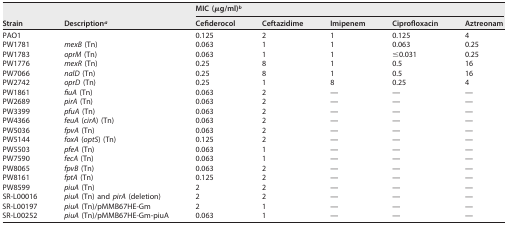
<table><thead><tr><td rowspan="2"><b>Strain</b></td><td rowspan="2"><b>Description<sup><i>a</i></sup></b></td><td colspan="5"><b>MIC (μg/ml)<sup><i>b</i></sup></b></td></tr><tr><td><b>Cefiderocol</b></td><td><b>Ceftazidime</b></td><td><b>Imipenem</b></td><td><b>Ciprofloxacin</b></td><td><b>Aztreonam</b></td></tr></thead><tbody><tr><td>PAO1</td><td></td><td>0.125</td><td>2</td><td>1</td><td>0.125</td><td>4</td></tr><tr><td>PW1781</td><td><i>mexB</i> (Tn)</td><td>0.063</td><td>1</td><td>1</td><td>0.063</td><td>0.25</td></tr><tr><td>PW1783</td><td><i>oprM</i> (Tn)</td><td>0.063</td><td>1</td><td>1</td><td>≤0.031</td><td>0.25</td></tr><tr><td>PW1776</td><td><i>mexR</i> (Tn)</td><td>0.25</td><td>8</td><td>1</td><td>0.5</td><td>16</td></tr><tr><td>PW7066</td><td><i>nalD</i> (Tn)</td><td>0.25</td><td>8</td><td>1</td><td>0.5</td><td>16</td></tr><tr><td>PW2742</td><td><i>oprD</i> (Tn)</td><td>0.25</td><td>1</td><td>8</td><td>0.25</td><td>4</td></tr><tr><td>PW1861</td><td><i>fiuA</i> (Tn)</td><td>0.063</td><td>2</td><td>—</td><td>—</td><td>—</td></tr><tr><td>PW2689</td><td><i>pirA</i> (Tn)</td><td>0.063</td><td>2</td><td>—</td><td>—</td><td>—</td></tr><tr><td>PW3399</td><td><i>pfuA</i> (Tn)</td><td>0.063</td><td>2</td><td>—</td><td>—</td><td>—</td></tr><tr><td>PW4366</td><td><i>feuA</i> (<i>cirA</i>) (Tn)</td><td>0.063</td><td>2</td><td>—</td><td>—</td><td>—</td></tr><tr><td>PW5036</td><td><i>fpvA</i> (Tn)</td><td>0.063</td><td>2</td><td>—</td><td>—</td><td>—</td></tr><tr><td>PW5144</td><td><i>foxA</i> (<i>optS</i>) (Tn)</td><td>0.125</td><td>2</td><td>—</td><td>—</td><td>—</td></tr><tr><td>PW5503</td><td><i>pfeA</i> (Tn)</td><td>0.063</td><td>1</td><td>—</td><td>—</td><td>—</td></tr><tr><td>PW7590</td><td><i>fecA</i> (Tn)</td><td>0.063</td><td>1</td><td>—</td><td>—</td><td>—</td></tr><tr><td>PW8065</td><td><i>fpvB</i> (Tn)</td><td>0.063</td><td>2</td><td>—</td><td>—</td><td>—</td></tr><tr><td>PW8161</td><td><i>fptA</i> (Tn)</td><td>0.125</td><td>2</td><td>—</td><td>—</td><td>—</td></tr><tr><td>PW8599</td><td><i>piuA</i> (Tn)</td><td>2</td><td>2</td><td>—</td><td>—</td><td>—</td></tr><tr><td>SR-L00016</td><td><i>piuA</i> (Tn) and <i>pirA</i> (deletion)</td><td>2</td><td>2</td><td>—</td><td>—</td><td>—</td></tr><tr><td>SR-L00197</td><td><i>piuA</i> (Tn)/pMMB67HE-Gm</td><td>2</td><td>1</td><td>—</td><td>—</td><td>—</td></tr><tr><td>SR-L00252</td><td><i>piuA</i> (Tn)/pMMB67HE-Gm-piuA</td><td>0.063</td><td>1</td><td>—</td><td>—</td><td>—</td></tr></tbody></table>